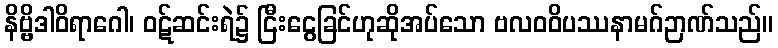
နိဗ္ဗိဒါဝိရာဂေါ၊ ဝဋ်ဆင်းရဲ၌ ငြီးငွေခြင်ဟုဆိုအပ်သော ဗလဝဝိပဿနာမဂ်ဉာဏ်သည်။